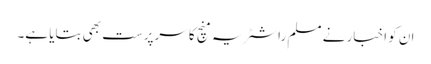
ان کو اخبار نے مسلم راشٹریہ منچ کا سرپرست بھی بتایا ہے۔